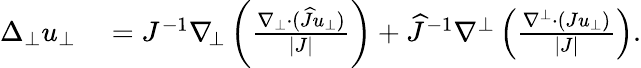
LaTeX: \begin{array}{rl}{\Delta_{\bot}u_{\bot}}&{{}=J^{-1}\nabla_{\! \bot}\left(\frac{\nabla_{\bot}\cdot(\widehat{J}u_{\bot})}{|J|}\right)+\widehat{J}^{-1}\nabla^{\bot}\left(\frac{\nabla^{\bot}\cdot(Ju_{\bot})}{|J|}\right).}\end{array}